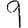
Digit: 9